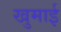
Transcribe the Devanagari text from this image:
खुमाई